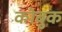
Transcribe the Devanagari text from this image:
कोबुक